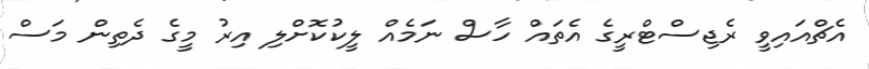
އެޗްއައިވީ ރެޖިސްޓްރީގެ އެތައް ހާސް ނަމެއް ލީކުކޮށްލި އިރު މީގެ ދެތިން މަސް